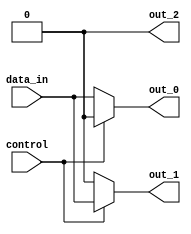
module demultiplexer (
    input wire data_in,
    input wire control,
    output wire out_0,
    output wire out_1,
    output wire out_2
);

// Control logic to determine which output signal to select
assign out_0 = (control == 3'd0) ? data_in : 1'b0;
assign out_1 = (control == 3'd1) ? data_in : 1'b0;
assign out_2 = (control == 3'd2) ? data_in : 1'b0;

endmodule